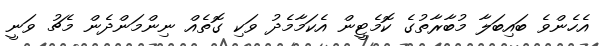
އެހެންވެ ބައިބަލާ މުބާރާތުގެ ކޮމެޓީން އެކަމާމެދު ވަކި ގޮތެއް ނިންމަންދެން މެޗު ވަނީ